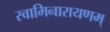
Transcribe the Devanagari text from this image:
स्वामिनारायणम्